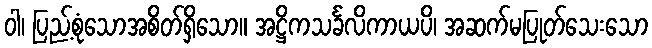
ဝါ၊ ပြည့်စုံသောအစိတ်ရှိသော။ အဋ္ဌိကသင်္ခလိကာယပိ၊ အဆက်မပြုတ်သေးသော